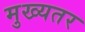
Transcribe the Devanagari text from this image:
मुख्यतर